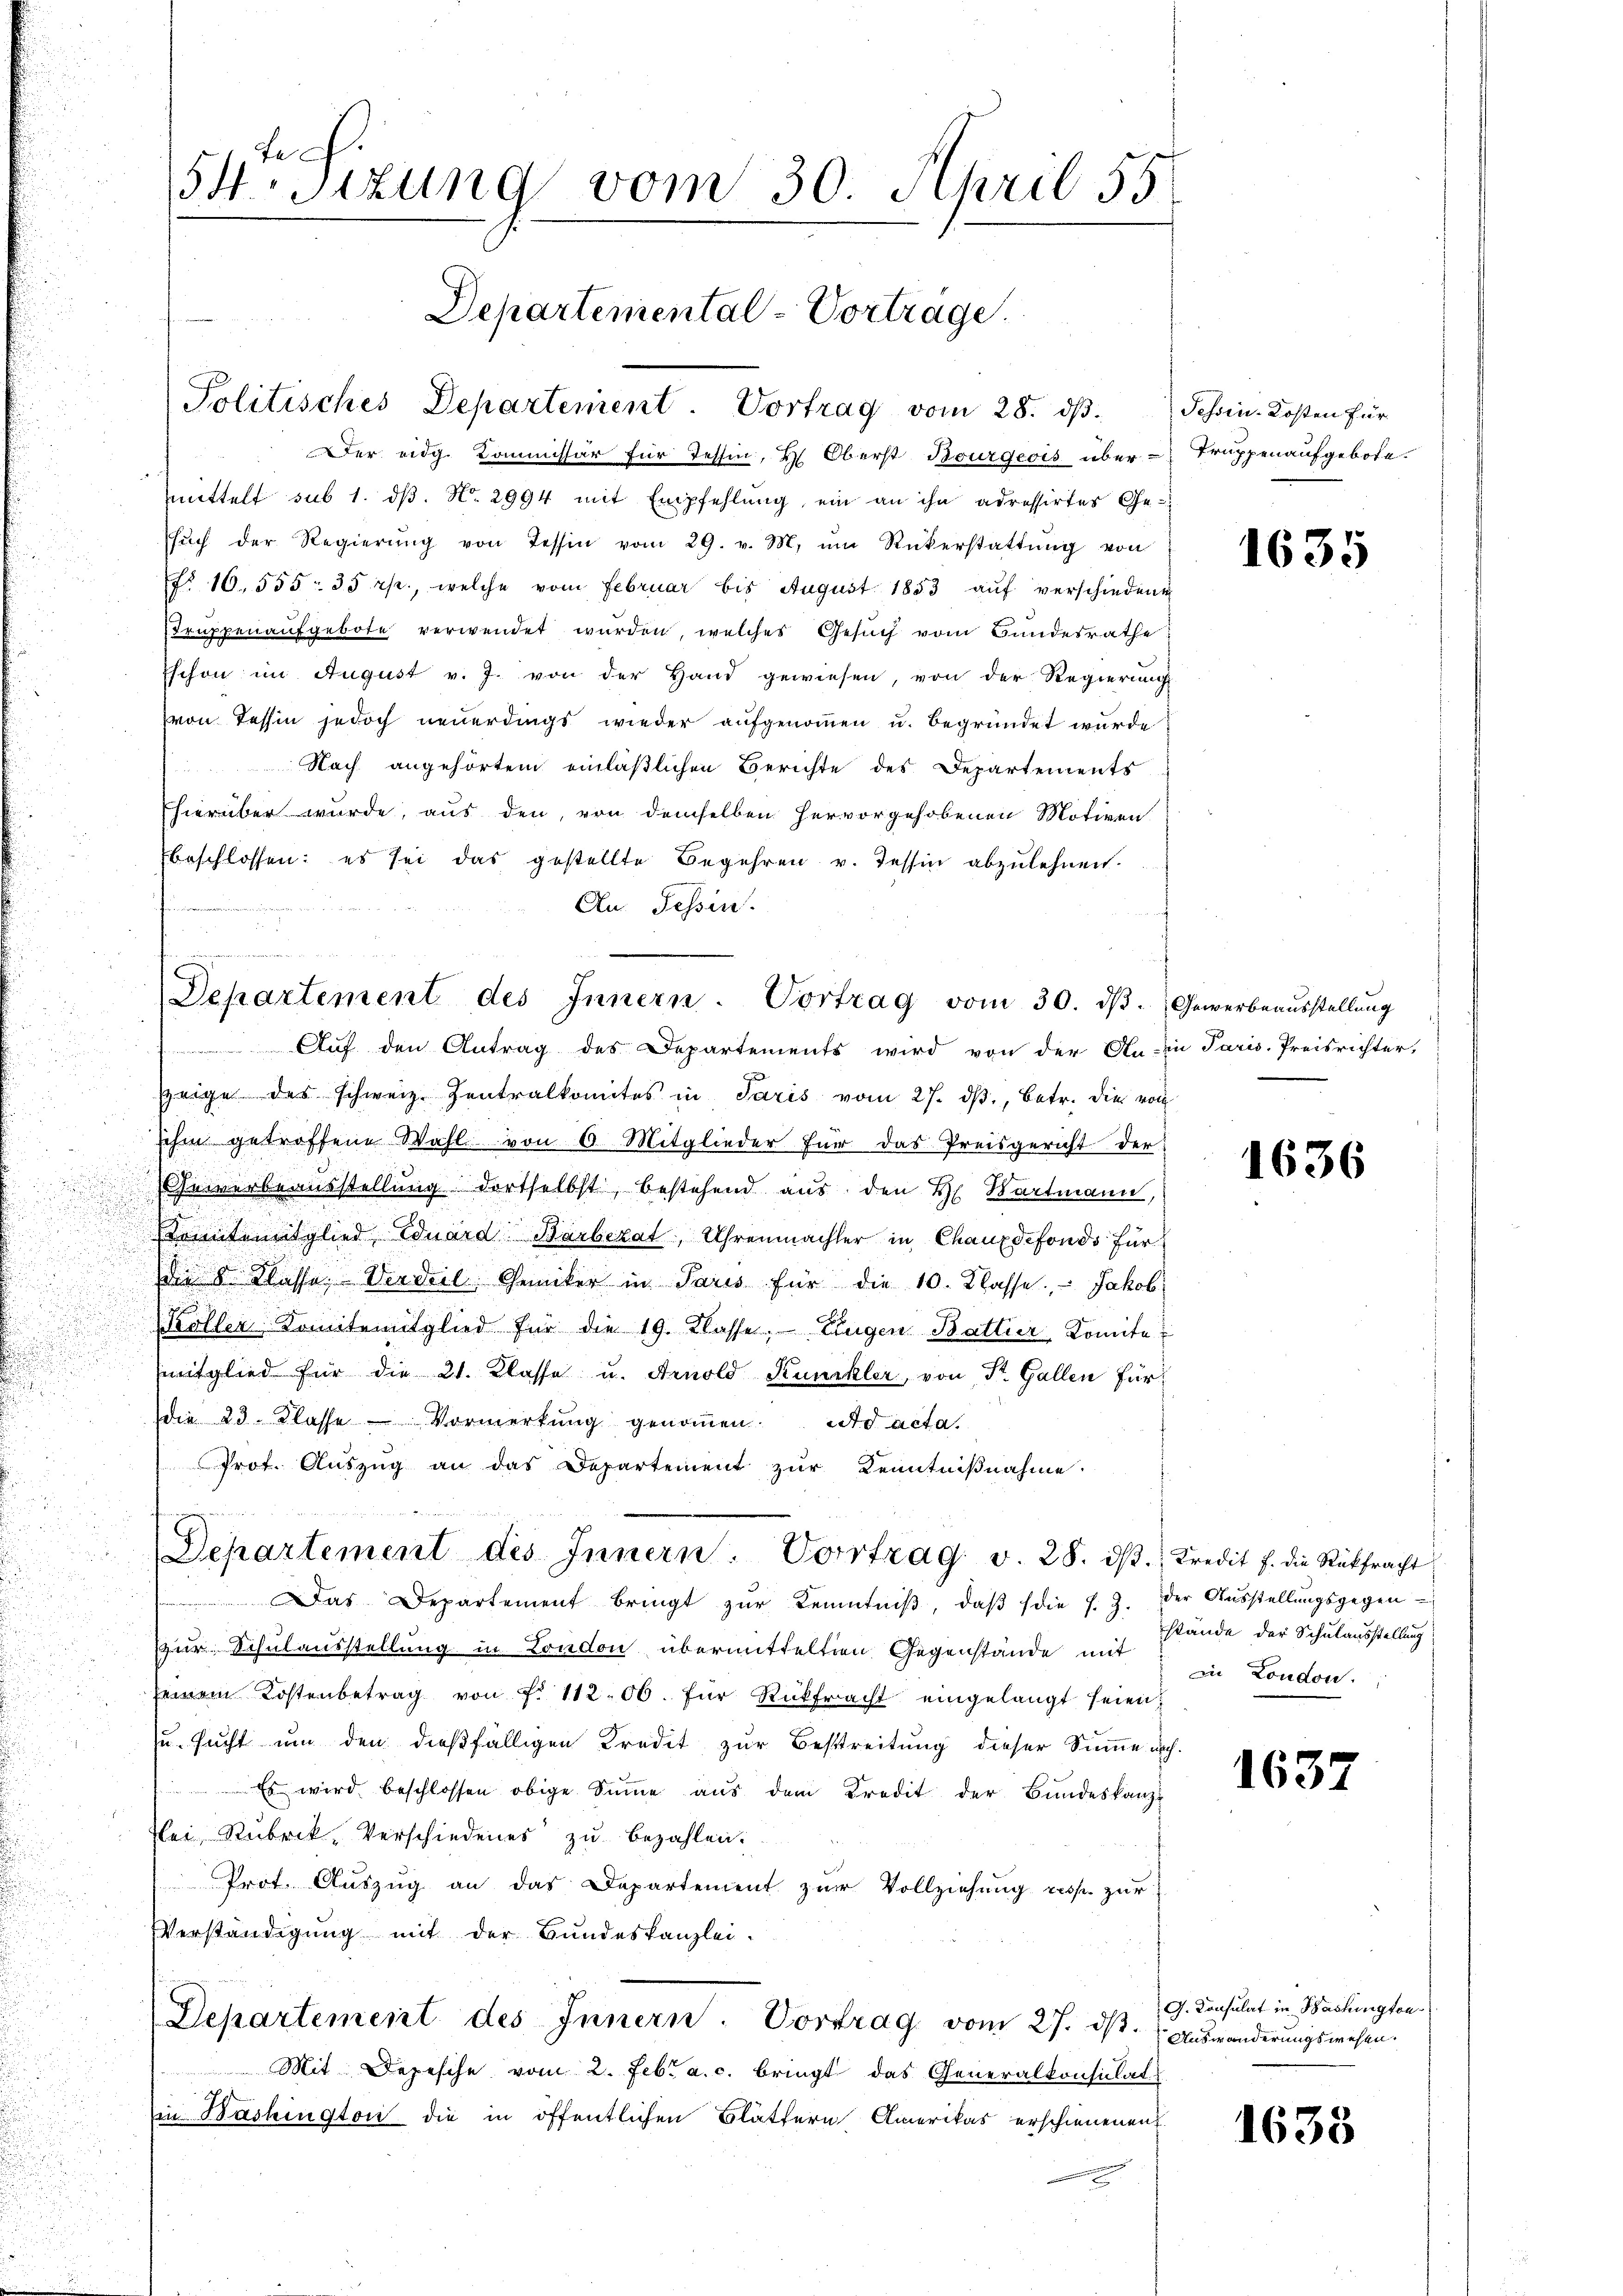
tuch.
54sizung vom 30. April 55

Politisches Departement. Vortrag vom 28. dβ. Schin-Kosten für

Der eidg. Kommissär für Tessin, Hr. Oberst Bourgeois über - Truppenaufgebote.
Mittelt sub 1. dß. N. 2994 mit Empfehlung, ein an ihn adressirtes Ge-
sŭch der Regierŭng von Tessin vom 29. v. M. ŭm Rükerstattŭng von
No 10. 555. 35 rp., welche vom Februar bis August 1853 auf verschiedene
struppenaufgebote verwendet wurden, welches Gesuch vom Bundesrathe
Eschon im August v. J. von der Hand gewiesen, von der Regierung
von Tessin jedoch neuerdings wieder aufgenommen u. begründet wurde
Nach angehörtem einläßlichen Berichte des Departements
hierüber wurde, aus den, von demselben hervorgehobenen Motiven
beschlossen: es sei das gestellte Begehren u. Tessin abzulehnen.
An Tessin.

Departemental-Vortrage.

Departement des Innern. Vortrag vom 30. dβ.  Gewerbeaŭsstellŭng
 Auf den Antrag des Departements wird von der An-in Paris. Preisrichter,

Departement des Innern. Vortrag v. 28. dβ. Kredit f. die Rükfracht

Departement des Innern. Vortrag vom 27. ds. Auswanderungswesen.

Mit Depesche vom 2. Febr. a. c. bringt das Generalkonsulat
in Washingtoni die in öffentlichen Blättern Amerikas erschienenen

zeige des schweiz. Zentralkomites in Paris vom 27. dβ, betr. die von
sehin getroffene Wahl von 6 Mitglieder für das Preisgericht der
Ceiverbeausstellung dortselbst, bestehend aus den H. Wartmann,
reitsmitglied Eduard Barbezat Uhrenmachter in Chauxdefonds für
die 8 Klasse Verdeil, Gemiker in Paris für die 10. Klasse. - Jakob
Köller Komitemitglied für die 19. Klasse. Eugen Battier Komite
mitglied für die 21. Klasse u. Arnold Kunkler, von Dr. Gallen für
die 23. Klasse Vormerkung genoṁen. ad acta.
Prot. Aŭszŭg an das Departement zŭr Kenntniβnahme.
u

Das Departement bringt zŭr Kenntniβ, daβ die s. Z. der Aŭsstellŭngsgegen
zur Schulausstellung in London übermittelten Gegenstände mit
seinem Kostenbetrag von f. 11206. für Rükfracht eingelangt seien;
zu sucht um den dießfälligen Kredit zur Bestreitung dieser Summe nach.
Es wird beschlossen obige Summe aus dem Kredit der Bundeskanz-
lei Rubrik, Verschiedenes zu bezahlen.
Prot. Aŭszŭg an das Departement zŭr Vollziehŭng resp. zŭr
Verständigung mit der Bundeskanzlei-

1635

1636

stände der Schulausstellung
in London.

1637

G. Consulat in Bachington

1638